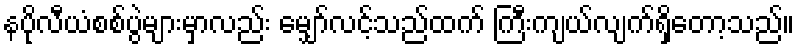
နပိုလီယံစစ်ပွဲများမှာလည်း မျှော်လင့်သည်ထက် ကြီးကျယ်လျက်ရှိတော့သည်။